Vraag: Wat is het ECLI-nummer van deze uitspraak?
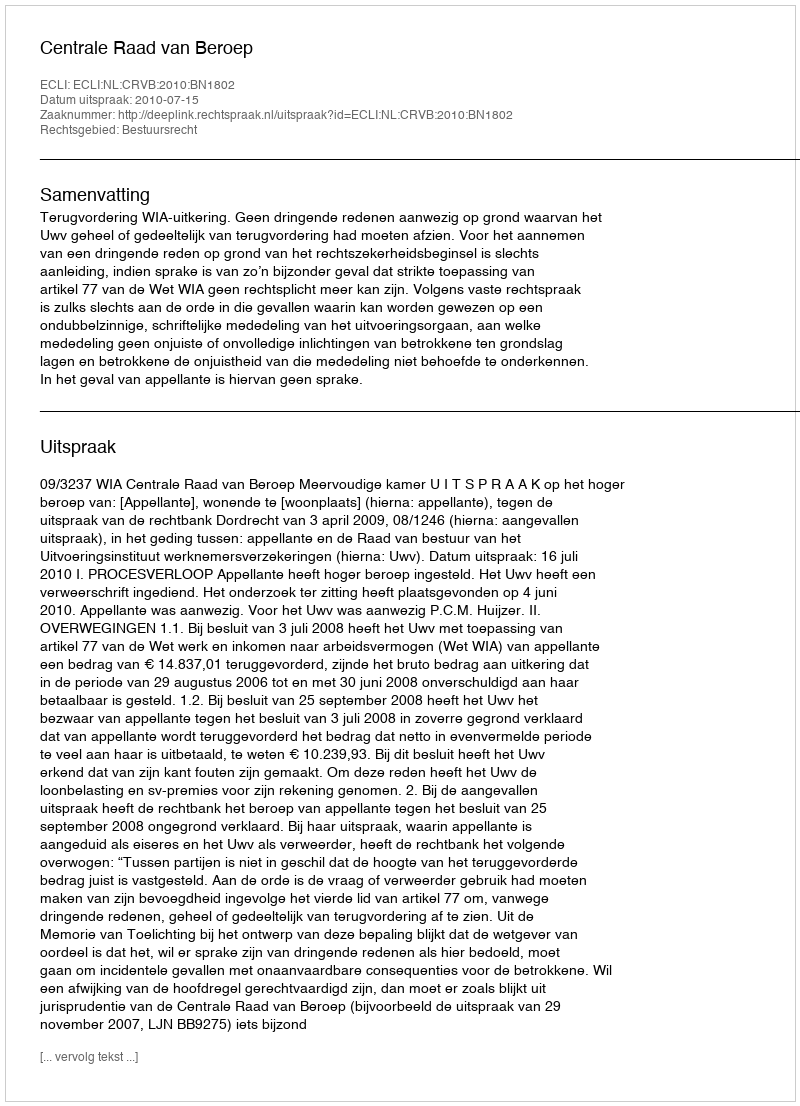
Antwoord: ECLI:NL:CRVB:2010:BN1802